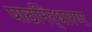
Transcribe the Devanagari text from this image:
पाठनिर्धारण